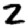
Digit: 2